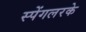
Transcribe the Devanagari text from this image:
स्पेंगलरके